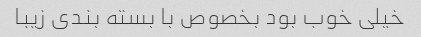
خیلی خوب بود بخصوص با بسته بندی زیبا